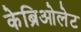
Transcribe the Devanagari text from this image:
केब्रिओलेट